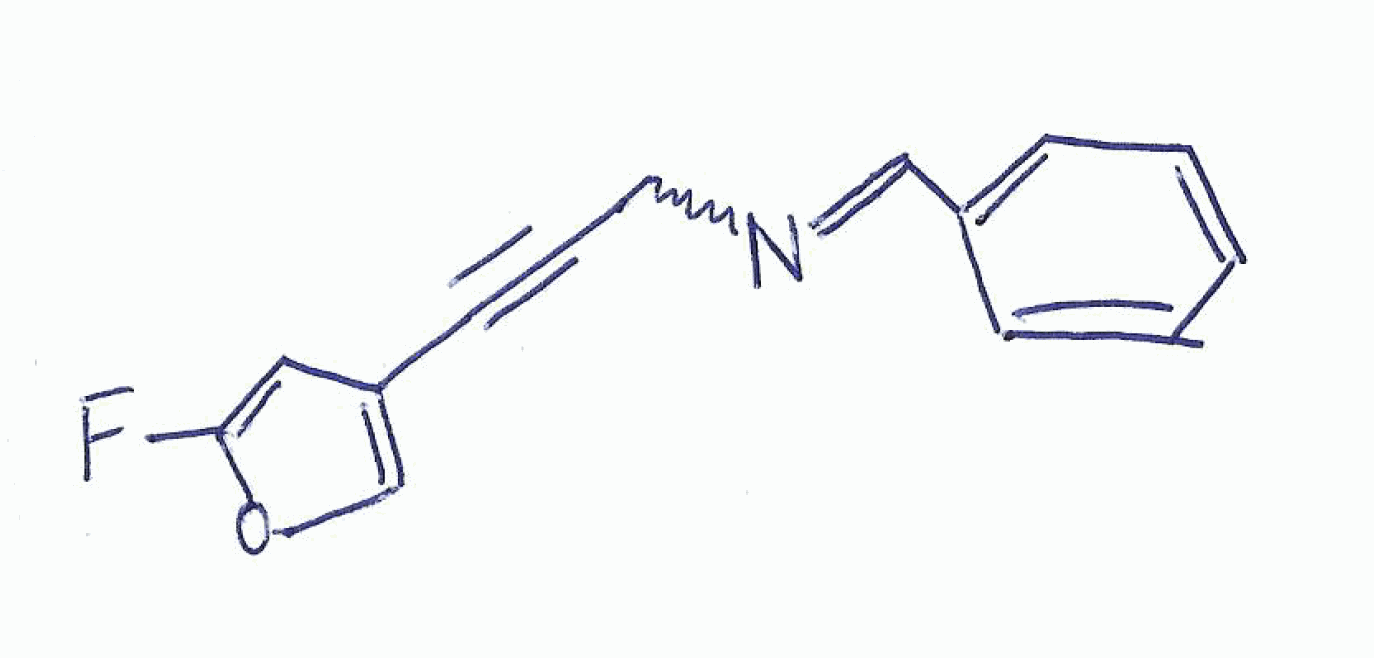
Simplified molecular-input line-entry system (SMILES) notation of the given molecule:
C1=CC=C(C=C1)C=NCC#CC2=COC(=C2)F